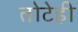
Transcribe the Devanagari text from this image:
तोटेही